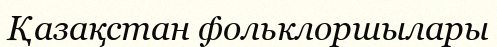
Қазақстан фольклоршылары